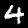
Label: 4